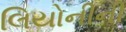
લિયોનીની